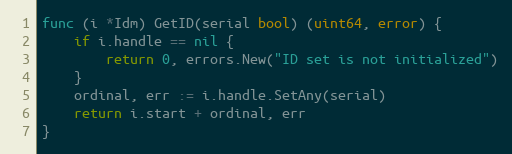
Language: Go
func (i *Idm) GetID(serial bool) (uint64, error) {
	if i.handle == nil {
		return 0, errors.New("ID set is not initialized")
	}
	ordinal, err := i.handle.SetAny(serial)
	return i.start + ordinal, err
}